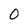
Character: 0